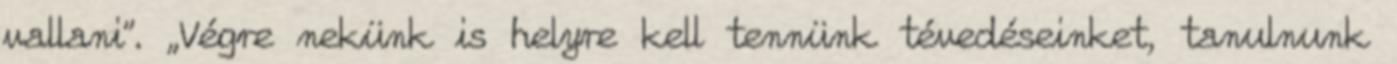
vallani”. „Végre nekünk is helyre kell tennünk tévedéseinket, tanulnunk